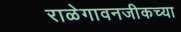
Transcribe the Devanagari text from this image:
राळेगावनजीकच्या